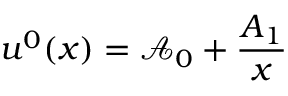
u ^ { 0 } ( x ) = \mathcal { A } _ { 0 } + \frac { \mathcal Ḋ A Ḍ _ { 1 } } { x }